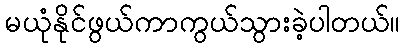
မယုံနိုင်ဖွယ်ကာကွယ်သွားခဲ့ပါတယ်။